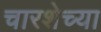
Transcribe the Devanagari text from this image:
चारशेच्या